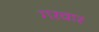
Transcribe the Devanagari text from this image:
गरवार